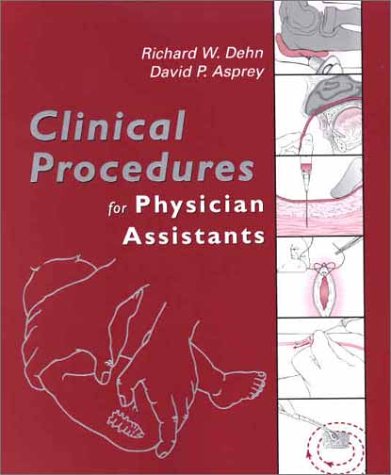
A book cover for Clinical Procedures for Physician Assistants, 1e; Richard W. Dehn; Medical Books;